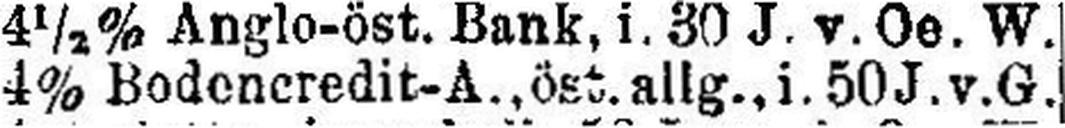
4% Bodencredit-A., öst. allg., i. 50 J. v.G.